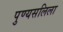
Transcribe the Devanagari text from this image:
पुण्यसलिला